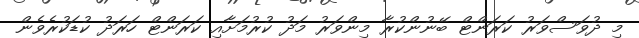
މި ދުވަސްވަރު ކަރަންޓް ބޭނުންކުރާ މިންވަރު މަދު ކުރުމަށާއި ކަރަންޓް ހަރަދު ކުޑަކުރެވެން